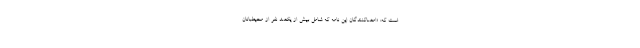
است که: «امضاکنندگان این نامه که شامل بیش از یکصد نفر از محیطبانان